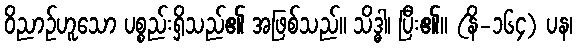
ဝိညာဉ်ဟူသော ပစ္စည်းရှိသည်၏ အဖြစ်သည်။ သိဒ္ဓါ၊ ပြီး၏။ (နိ-၁၆၄) ပန၊